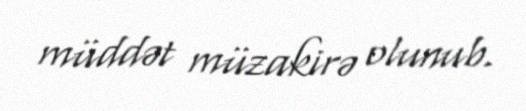
müddət müzakirə olunub.